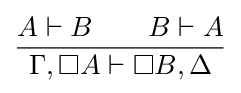
{\frac {A\vdash B\qquad B\vdash A}{\Gamma ,\Box A\vdash \Box B,\Delta }}